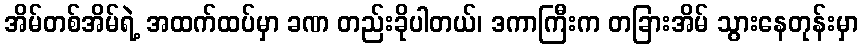
အိမ်တစ်အိမ်ရဲ့ အထက်ထပ်မှာ ခဏ တည်းခိုပါတယ်၊ ဒကာကြီးက တခြားအိမ် သွားနေတုန်းမှာ